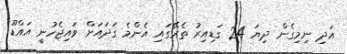
އަދި ނިމިގެން ދިޔަ 24 ގަޑިއިރު ތެރޭގައި އެންމެ ގަދައަށް ވައިޖެހުނީ އައްޑޫ